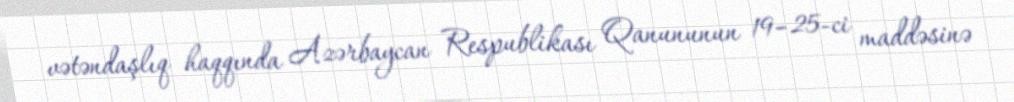
vətəndaşlıq haqqında Azərbaycan Respublikası Qanununun 19–25-ci maddəsinə